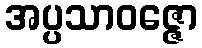
အပ္ပသာဝဇ္ဇော